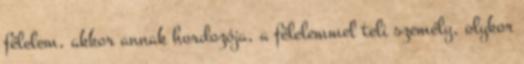
félelem, akkor annak hordozója, a félelemmel teli személy, olykor